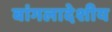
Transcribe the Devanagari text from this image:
बांगलादेशीय